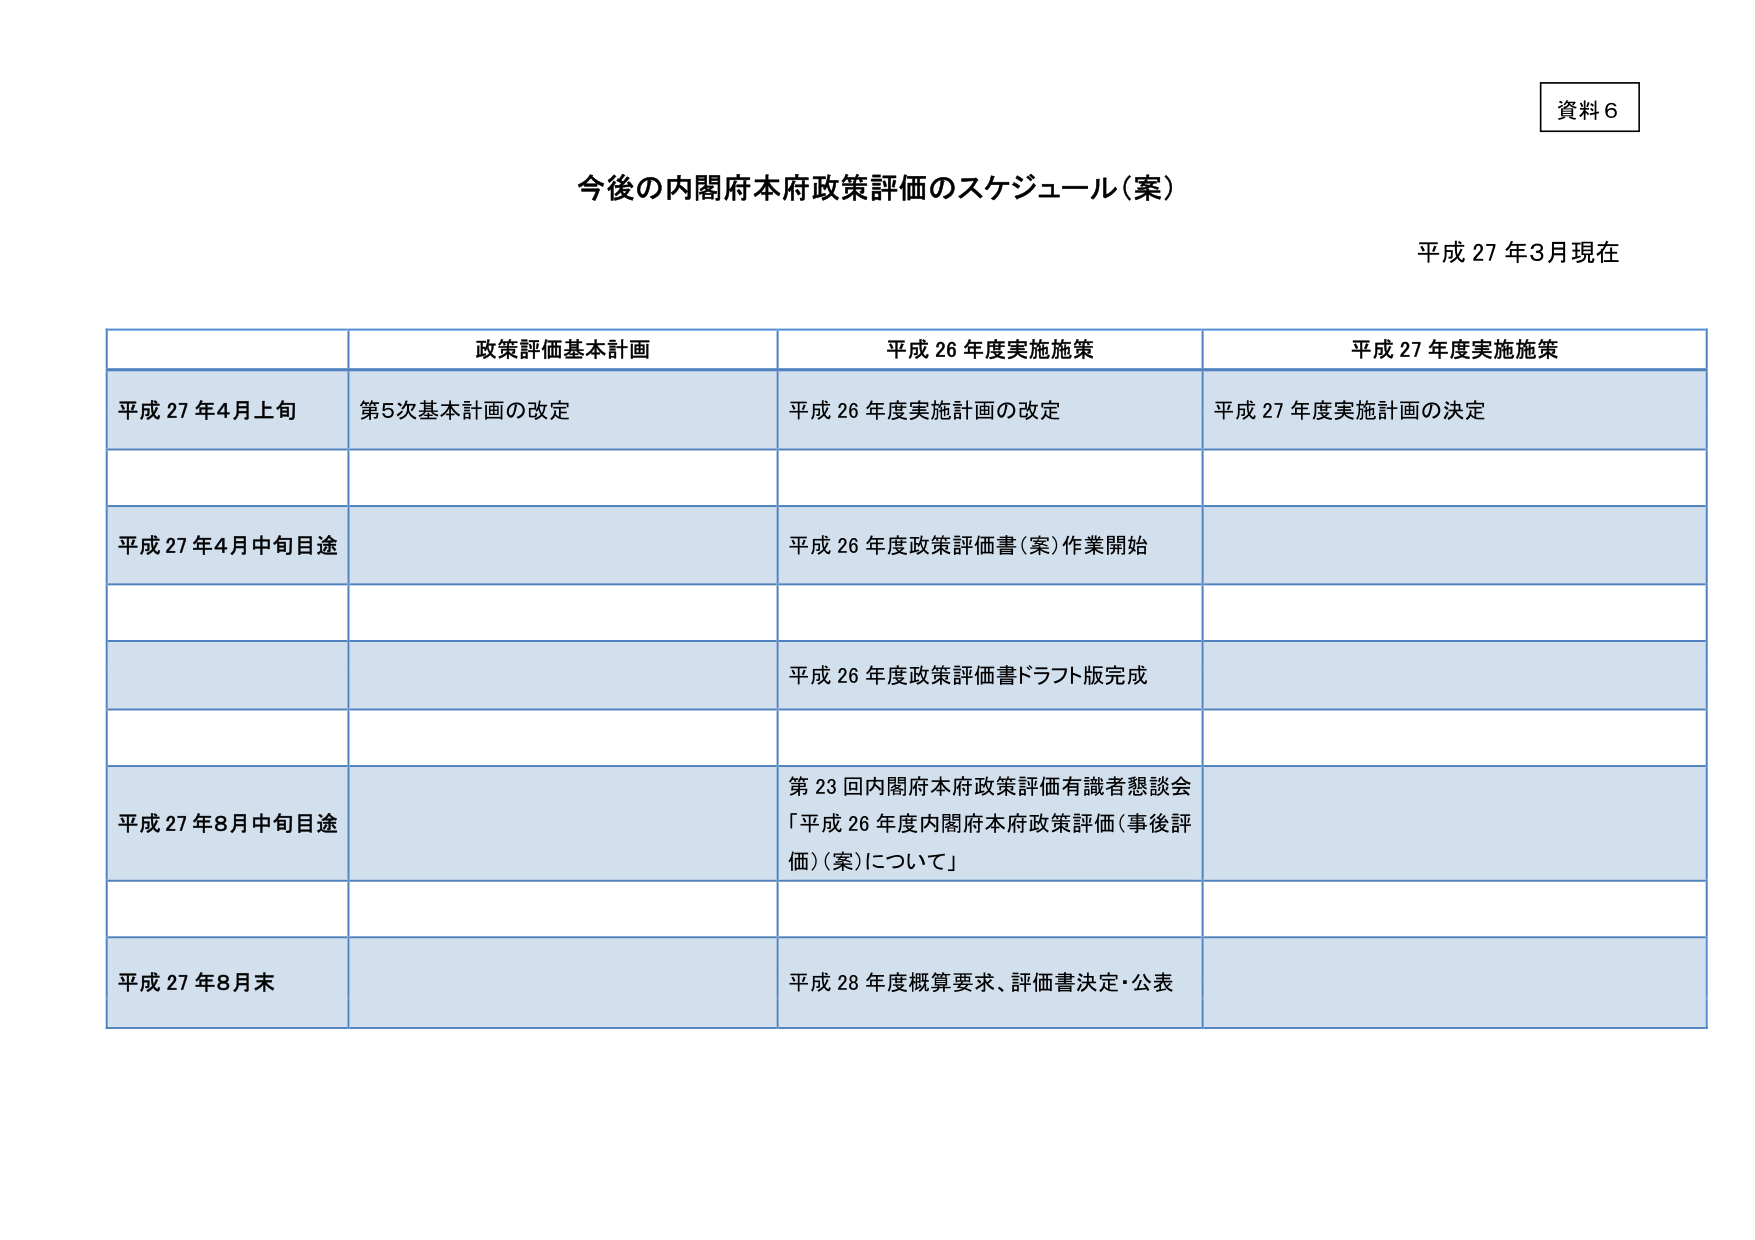
資料６

今後の内閣府本府政策評価のスケジュール（案）

平成27年3月現在

政策評価基本計画　　平成26年度実施施策　　平成27年度実施施策

平成27年4月上旬　　第5次基本計画の改定　　平成26年度実施計画の改定　　平成27年度実施計画の決定

平成27年4月中旬目途　　平成26年度政策評価書（案）作業開始

平成26年度政策評価書ドラフト版完成

平成27年8月中旬目途　　第23回内閣府本府政策評価有識者懇談会「平成26年度内閣府本府政策評価（事後評価）（案）について」

平成27年8月末　　平成28年度概算要求、評価書決定・公表